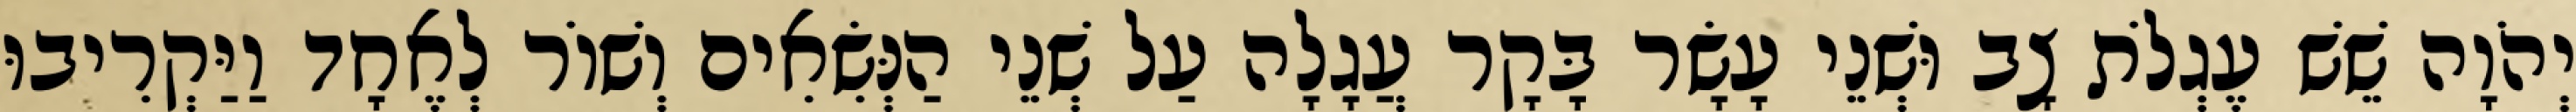
יְהֹוָה שֵׁשׁ עֶגְלֹת צָב וּשְׁנֵי עָשָׂר בָּקָר עֲגָלָה עַל שְׁנֵי הַנְּשִׂאִים וְשׁוֹר לְאֶחָד וַיַּקְרִיבוּ